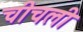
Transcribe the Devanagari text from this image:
चीचली